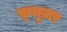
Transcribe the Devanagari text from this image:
फ़्यूज़र